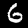
Label: 6